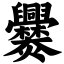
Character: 爨